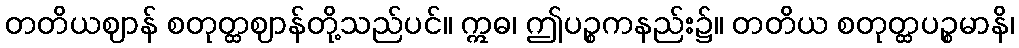
တတိယဈာန် စတုတ္ထဈာန်တို့သည်ပင်။ ဣဓ၊ ဤပဉ္စကနည်း၌။ တတိယ စတုတ္ထပဉ္စမာနိ၊